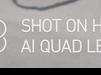
Signature authenticity: forged